Rangoon Lunatic Asylum 1878-1892 - 1878-1892
Year: 1878
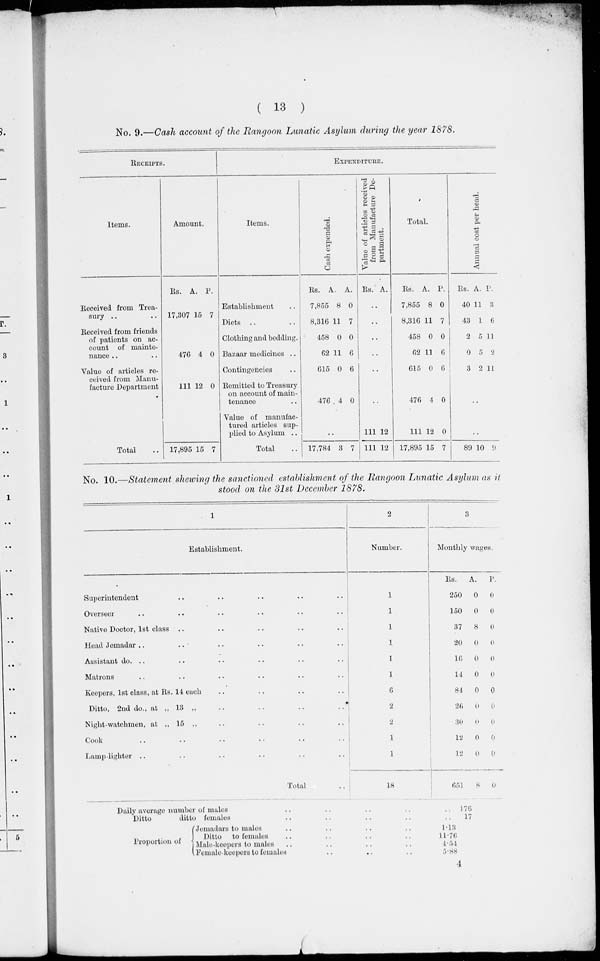
( 13 )
No. 9.—Cash account of the Rangoon Lunatic Asylum during the year 1878.
RECEIPTS.
Items.
Received from Trea-
sury .. ..
Received from friends
of patients on ac-
count of mainte-
nance .. ..
Value of articles re-
ceived from Manu-
facture Department
Total ..
Amount.
Rs.
17,307
476
111
17,895
A.
15
4
12
15
P.
7
0
0
7
EXPENDITURE.
Items.
Establishment ..
Diets .. ..
Clothing and bedding.
Bazaar medicines ..
Contingencies ..
Remitted to Treasury
on account of main-
tenance ..
Value of manufac-
tured articles sup-
plied to Asylum ..
Total ..
Cash expended.
Rs.
7,855
8,316
458
62
615
476
A.
8
11
0
11
0
4
P.
0
7
0
6
6
0
..
17,784 3 7
Value of articles received
from Manufacture De-
partment.
Rs. A.
..
..
..
..
..
..
111
111
12
12
Total.
Rs.
7,855
8,316
458
62
615
476
111
17,895
A.
8
11
0
11
0
4
12
15
P.
0
7
0
6
6
0
0
7
Annual cost per head.
Rs.
40
43
2
0
3
A.
11
1
5
5
2
P.
3
6
11
2
11
..
..
89 10
9
No. 10.—Statement shewing the sanctioned establishment of the Rangoon Lunatic Asylum as it
stood on the 31st December 1878.
1
Establishment.
Superintendent .. .. .. .. ..
Overseer .. .. .. .. ..
Native Doctor, 1st class .. .. .. ..
Head Jemadar .. .. .. .. ..
Assistant do. .. .. .. .. ..
Matrons .. .. .. .. ..
Keepers, 1st class, at Rs. 14 each .. .. .. ..
Ditto, 2nd do., at „ 13 „ .. .. .. .. ..
Night-watchmen, at „ 15 „ .. .. .. .. ..
Cook .. .. .. .. .. .. ..
Lamp-lighter .. .. .. .. .. .. ..
Total ..
2
Number.
1
1
1
1
1
1
6
2
2
1
1
18
3
Monthly wages.
Rs.
250
150
37
20
16
14
84
26
30
12
12
651
A.
0
0
8
0
0
0
0
0
0
0
0
8
P.
0
0
0
0
0
0
0
0
0
0
0
0
Daily average number of males .. .. .. ..
Ditto
ditto females .. .. .. ..
Proportion of
Jemadars to males .. .. .. ..
Ditto to females .. .. .. ..
Male-keepers to males .. .. .. ..
Female keepers to females .. .. ..
176
17
1.13
11.76
4.54
5.88
4